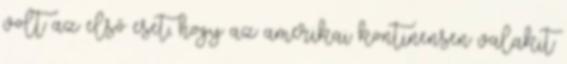
volt az első eset, hogy az amerikai kontinensen valakit